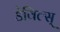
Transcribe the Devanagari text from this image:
डेविल्स्